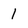
Character: 1